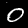
Digit: 0